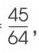
\(\frac{45}{64},\)